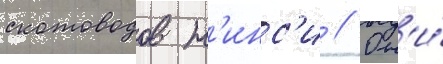
скотоводов н'инс'и // Он'и́